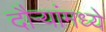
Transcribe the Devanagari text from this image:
दौऱ्यांमध्ये